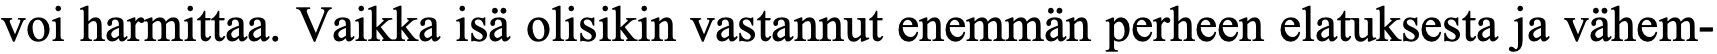
voi harmittaa. Vaikka isä olisikin vastannut enemmän perheen elatuksesta ja vähem-